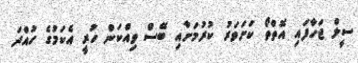
ސީލް ޖަހާފައި އޮތްތޯ ކަށަވަރު ކުރުމަށާއި ބޭސް ވިއްކަން ހުރީ އެކަމުގެ ހުއްދަ